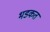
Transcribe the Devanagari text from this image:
भडकत